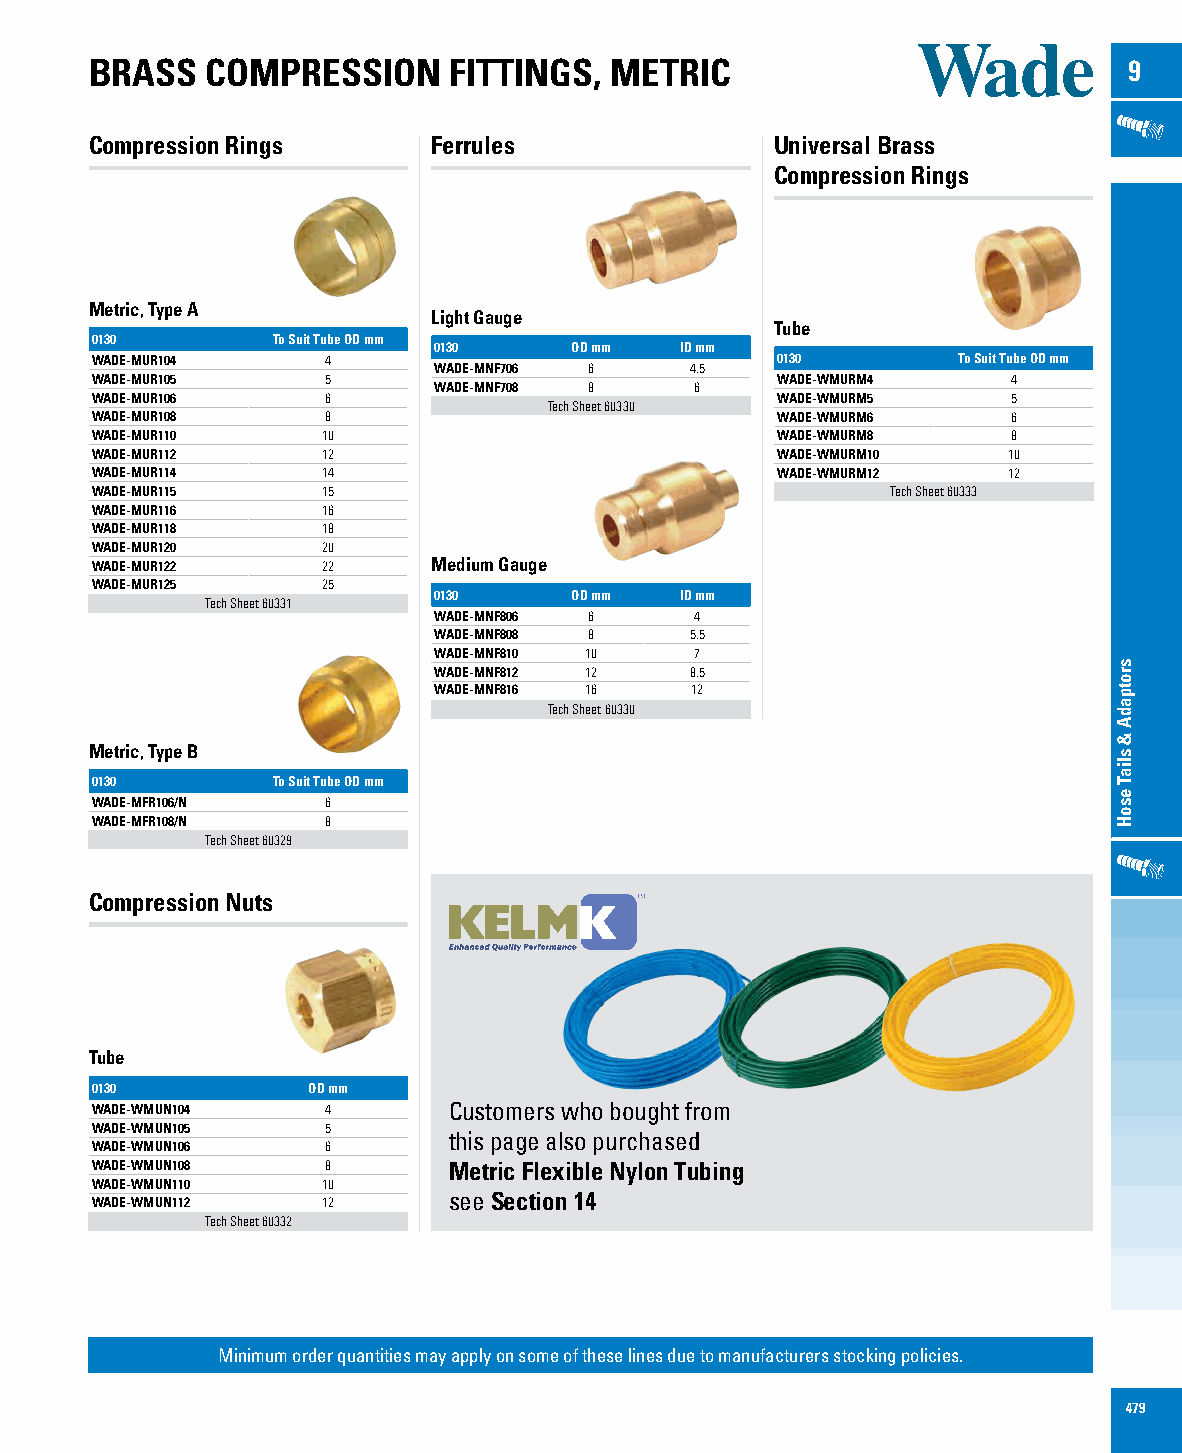
BRASS   COMPRESSION     FITTINGS, METRIC                             9
 Compression Rings      Ferrules              Universal Brass
 Compression Rings
 Metric, Type A
 Light Gauge
 Tube
 0130        To Suit Tube OD mm
 0130     OD mm  ID mm
 WADE-MUR104     4                            0130        To Suit Tube OD mm
 WADE-MNF706 6    4.5
 WADE-MUR105     5                            WADE-WMURM4     4
 WADE-MNF708 8    6
 WADE-MUR106     6                            WADE-WMURM5     5
 Tech Sheet 60330
 WADE-MUR108     8                            WADE-WMURM6     6
 WADE-MUR110    10                            WADE-WMURM8     8
 WADE-MUR112    12                            WADE-WMURM10    10
 WADE-MUR114    14                            WADE-WMURM12    12
 WADE-MUR115    15                                    Tech Sheet 60333
 WADE-MUR116    16
 WADE-MUR118    18
 WADE-MUR120    20
 WADE-MUR122    22      Medium Gauge
 WADE-MUR125    25
 0130     OD mm  ID mm
 Tech Sheet 60331
 WADE-MNF806 6    4
 WADE-MNF808 8    5.5
 WADE-MNF810 10   7
 WADE-MNF812 12   8.5
 WADE-MNF816 16   12
 Tech Sheet 60330
 Metric, Type B
 0130        To Suit Tube OD mm
 WADE-MFR106/N   6
 WADE-MFR108/N   8
 Tech Sheet 60329
 Compression Nuts
 Tube
 0130          OD mm
 WADE-WMUN104    4       Customers who bought from
 WADE-WMUN105    5
 this page also purchased
 WADE-WMUN106    6
 WADE-WMUN108    8       Metric Flexible Nylon Tubing
 WADE-WMUN110   10
 WADE-WMUN112   12       see Section 14
 Tech Sheet 60332
 Minimum order quantities may apply on some of these lines due to manufacturers stocking policies.
 479
 srotpadA
 &
 sliaT
 esoH